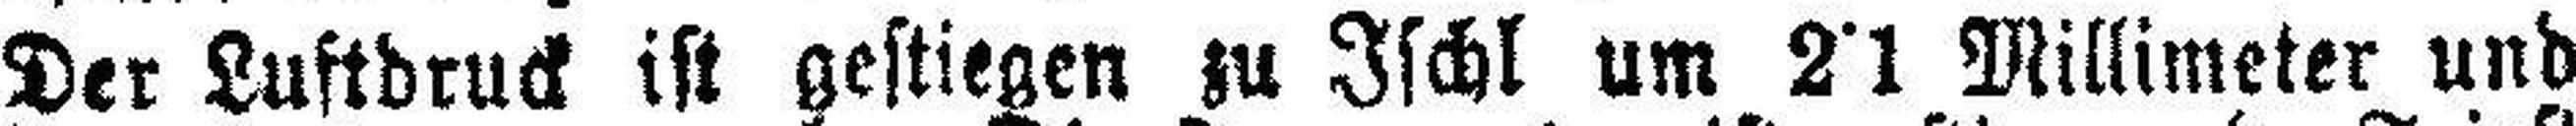
Der Luftdruck ist gestiegen zu Ischl um 2˙1 Millimeter und